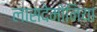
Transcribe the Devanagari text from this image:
लासदेमोनिया